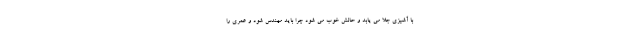
با آشپزی جلا می یابد و حالش خوب می شود چرا باید مهندس شود و عمری را